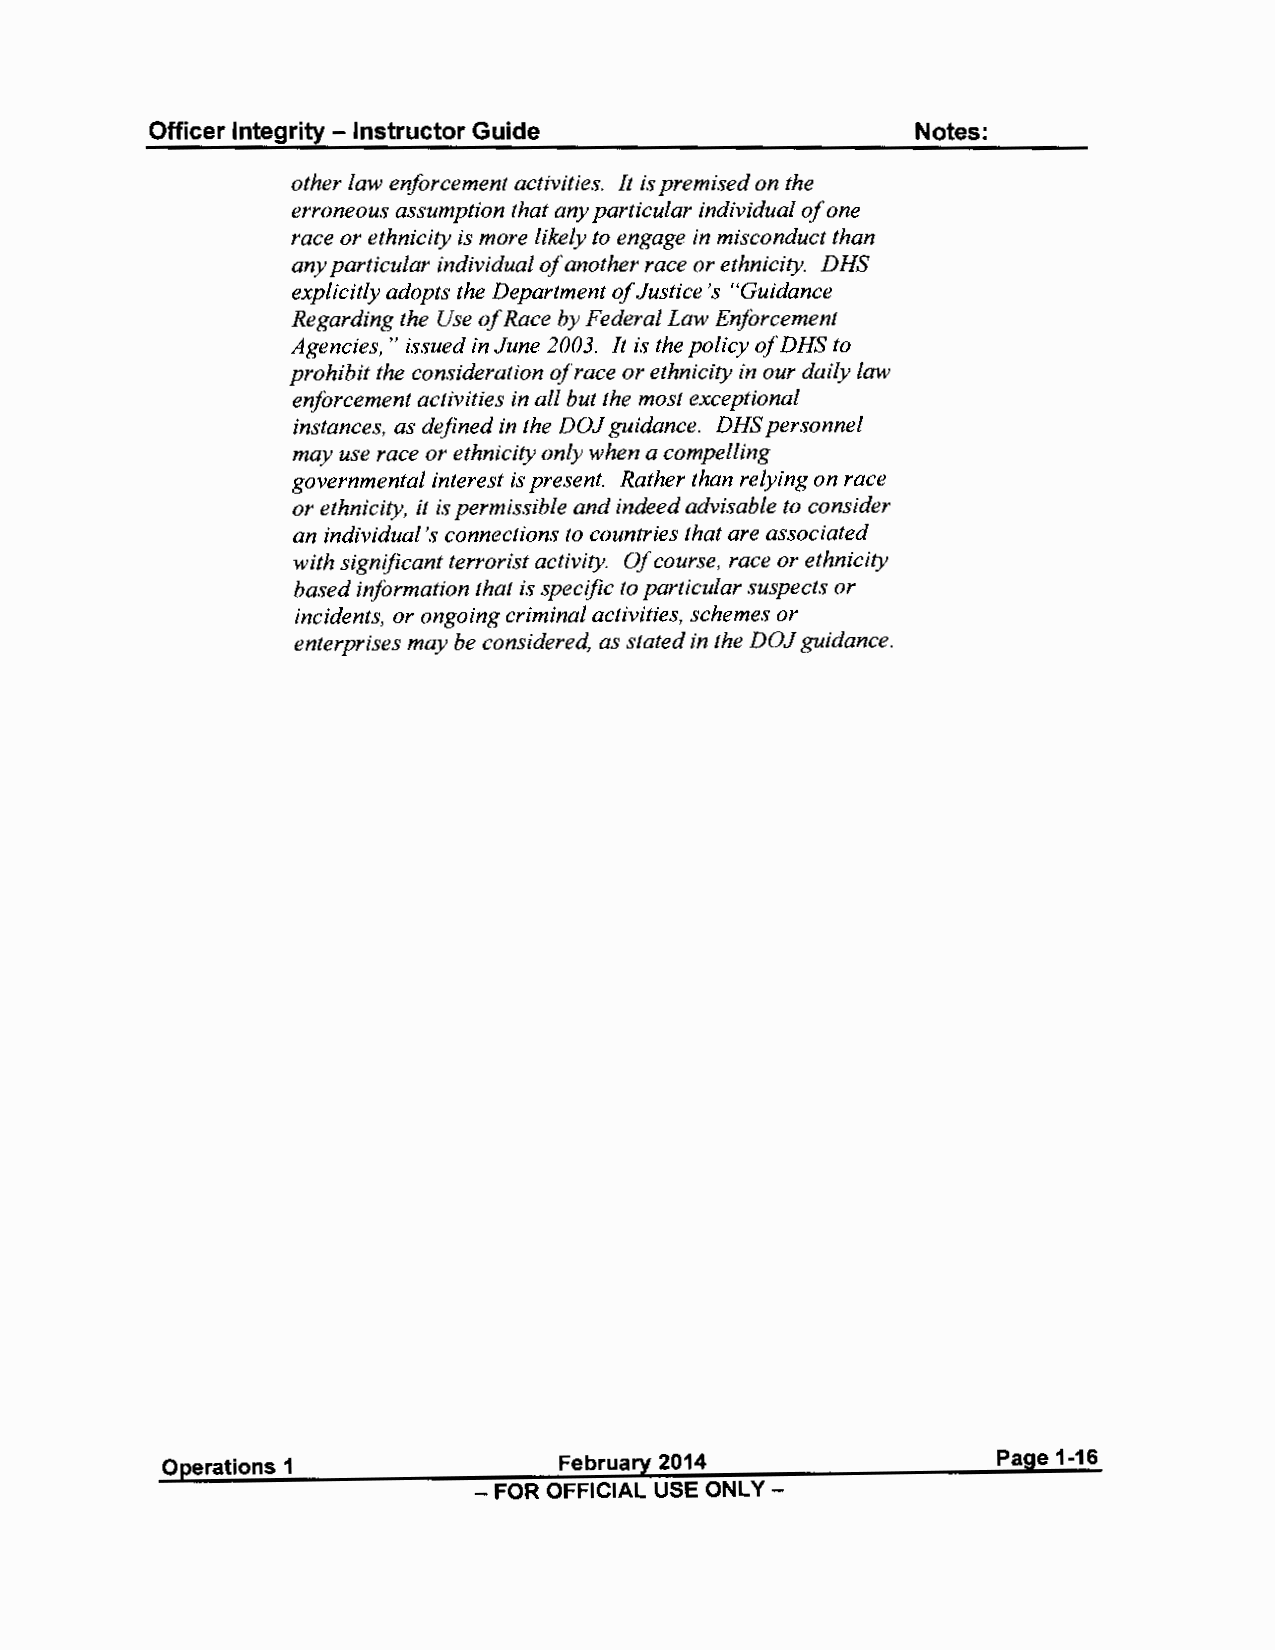
Officer Integrity - Instructor Guide               Notes:
 other law enforcement activities. It is premised on the
 erroneous assumption that any particular individual of one
 race or ethnicity is more likely to engage in misconduct than
 any particular individual of another race or ethnicity. DHS
 explicitly adopts the Department ofJ ustice's "Guidance
 Regarding the Use ofR ace by Federal Law Enforcement
 Agencies, " issued in June 2003. It is the policy ofD HS to
 prohibit the consideration ofr ace or ethnicity in our daily law
 enforcement activities in all but the most exceptional
 instances, as defined in the DOJ guidance. DHS personnel
 may use race or ethnicity only when a compelling
 governmental interest is present. Rather than relying on race
 or ethnicity, it is permissible and indeed advisable to consider
 an individual's connections to countries that are associated
 with significant terrorist activity. Of course, race or ethnicity
 based information that is specific to particular suspects or
 incidents, or ongoing criminal activities, schemes or
 enterprises may be considered, as stated in the DOJ guidance.
 Operations 1              February 2014                Page 1-16
 - FOR OFFICIAL USE ONLY -